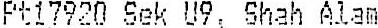
PT17920 SEK U9, SHAH ALAM